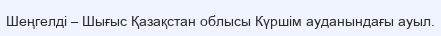
Шеңгелді – Шығыс Қазақстан облысы Күршім ауданындағы ауыл.